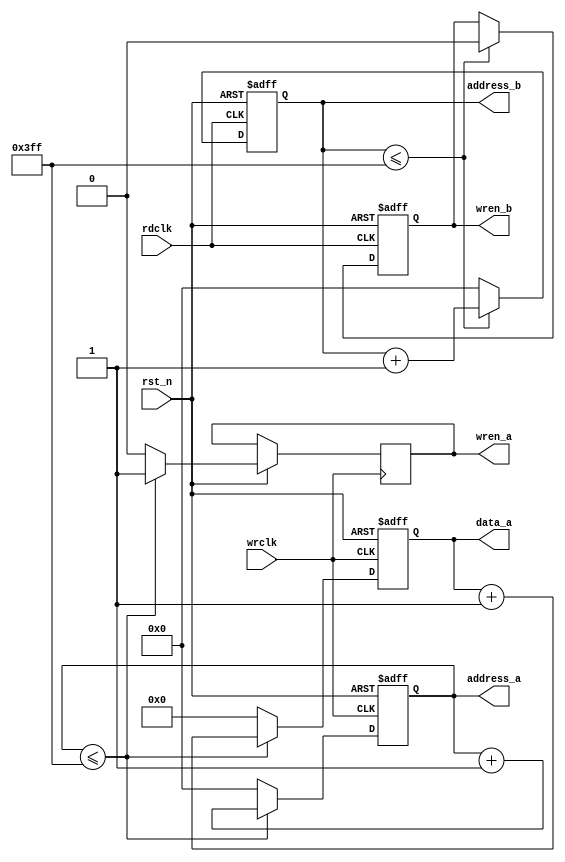
module ram_control (wrclk, rdclk,rst_n,data_a,address_a,wren_a,wren_b,address_b);
	input wrclk;
	input rdclk;
	input rst_n;
	output reg [7:0] data_a;
	// output reg [7:0] data_b;
	output reg wren_a;
	output reg wren_b;
	output reg [9:0] address_a;   //1024
	output reg [9:0] address_b;


	always @ (posedge wrclk or negedge rst_n) 
	begin : proc_1
		if(~rst_n) 
			begin
				data_a <= 8'd0;
				// wren <= 1;
				address_a <= 10'd0;
				//rdaddress <= 0;
			end 
		else 
			begin
				 if(address_a <= (1024-1) ) 
					 begin
					 	wren_a <= 1'b1;
					 	address_a <= address_a + 8'd1;
					 	data_a <= data_a + 8'd1;
					 end
				else
					begin
						wren_a <= 1'b0;
					 	address_a <= 8'd0;
					 	data_a <= 8'd0;
					end
			end
	end


	always @ (posedge rdclk or negedge rst_n) 
	begin : proc_2
		if(~rst_n) 
			begin
				wren_b <= 0;
				// data_b <= 8'd0;
				address_b <= 10'd0;

			end 
		else 
			begin
				 if(address_b <= (1024-1) ) 
					 begin
					 	//wren <= 0;
					 	wren_b <= 0;
					 	address_b <= address_b + 10'd1;
					 	// data_b <= data_b + 8'd1;

					 end
				else
					begin
						//wren <= 0;
						// wren_b <= 0;
					 	address_b <= 10'd0;
					 	// data_b <=  8'd0;


					end
			end
	end


endmodule